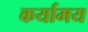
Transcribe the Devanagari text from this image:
कर्यामय